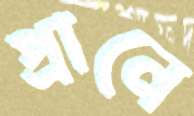
প্রানে